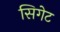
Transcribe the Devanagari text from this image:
सिगेट